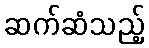
ဆက်ဆံသည့်